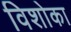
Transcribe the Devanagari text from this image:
विशोका